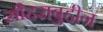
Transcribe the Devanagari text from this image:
सौहराबुद्दीन